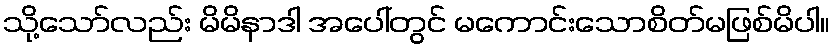
သို့သော်လည်း မိမိနာဒါ အပေါ်တွင် မကောင်းသောစိတ်မဖြစ်မိပါ။